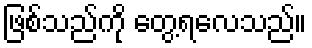
ဖြစ်သည်ကို တွေ့ရလေသည်။